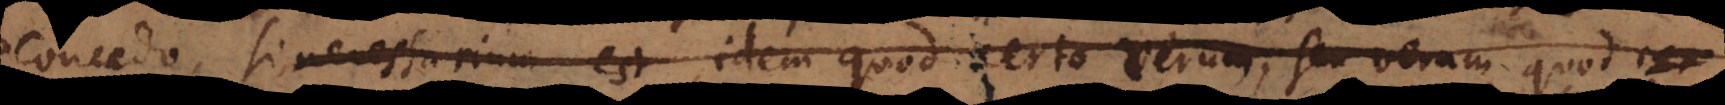
concedo, si necessarium est, idem quod certo verum, seu verum quod